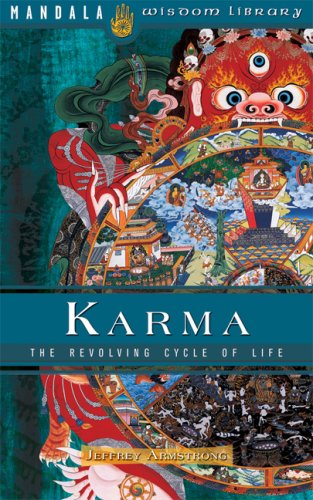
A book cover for Karma: The Ancient Science of Cause and Effect; Jeffrey Armstrong; Health, Fitness & Dieting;